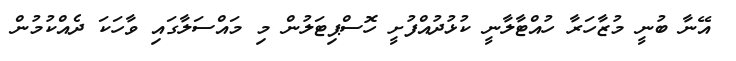
އޭނާ ބުނީ މުޒާހަރާ ހުއްޓާލާނީ ކުޅުދުއްފުށީ ހޮސްޕިޓަލުން މި މައްސަލާގައި ވާހަކަ ދެއްކުމުން